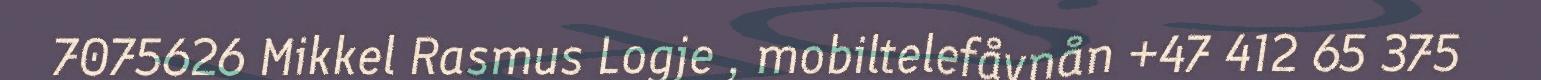
7075626 Mikkel Rasmus Logje , mobiltelefåvnån +47 412 65 375